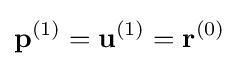
{\mathbf {p}}^{(1)}={\mathbf {u}}^{(1)}={\mathbf {r}}^{(0)}